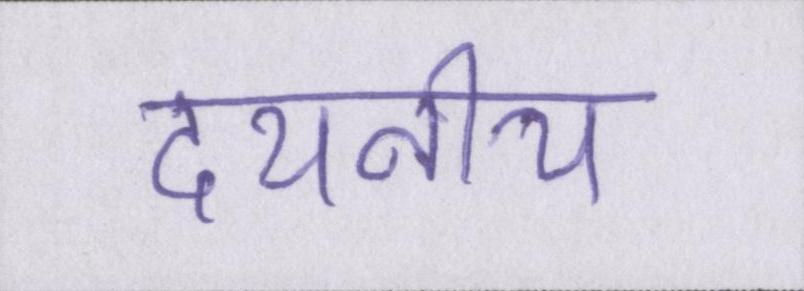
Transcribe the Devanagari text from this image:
दयनीय